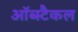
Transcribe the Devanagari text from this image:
ऑब्स्टैकल